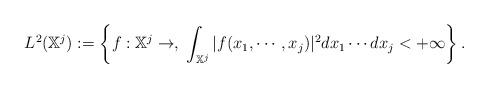
LaTeX: \begin{align*}L^2(\mathbb X^j) := \left\{f:\mathbb{X}^j \to \real, \; \int_{\mathbb{X}^j} |f(x_1,\cdots,x_j)|^2 dx_1 \cdots dx_j <+\infty\right\}.\end{align*}